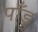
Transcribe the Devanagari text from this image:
पाँडु